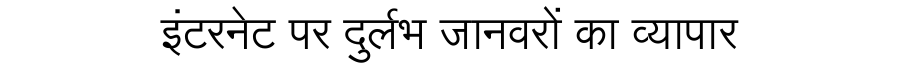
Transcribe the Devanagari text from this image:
इंटरनेट पर दुर्लभ जानवरों का व्यापार